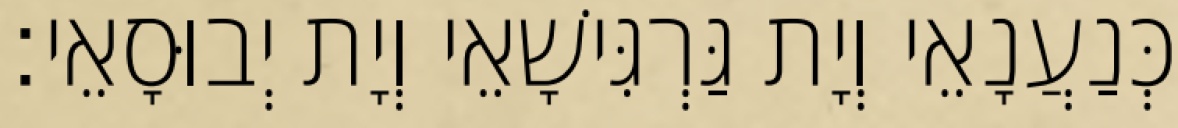
כְּנַעֲנָאֵי וְיָת גַּרְגִּישָׁאֵי וְיָת יְבוּסָאֵי׃